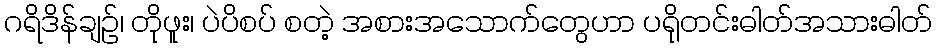
ဂရိဒိန်ချဉ်၊ တိုဖူး၊ ပဲပိစပ် စတဲ့ အစားအသောက်တွေဟာ ပရိုတင်းဓါတ်အသားဓါတ်